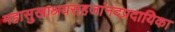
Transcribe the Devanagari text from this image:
महासुखाश्रयसहजांनदप्रदायिका